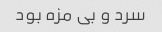
سرد و بی مزه بود